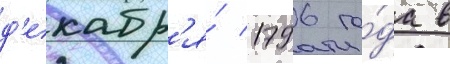
д'екабр'я́ 1796 го́да в